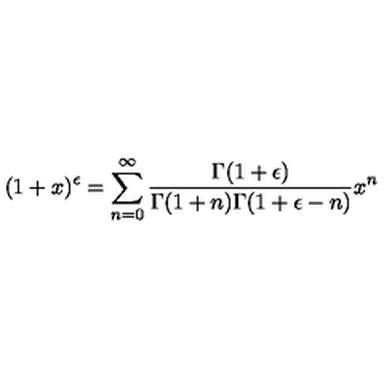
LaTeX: ( 1 + x ) ^ { \epsilon } = \sum _ { n = 0 } ^ { \infty } \frac { \Gamma ( 1 + \epsilon ) } { \Gamma ( 1 + n ) \Gamma ( 1 + \epsilon - n ) } x ^ { n }